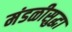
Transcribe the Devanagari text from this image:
मंडळीसुद्धा